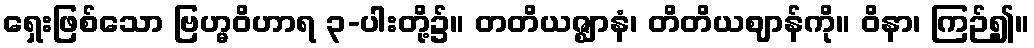
ရှေးဖြစ်သော ဗြဟ္မဝိဟာရ ၃-ပါးတို့၌။ တတိယဇ္ဈာနံ၊ တိတိယဈာန်ကို။ ဝိနာ၊ ကြဉ်၍။